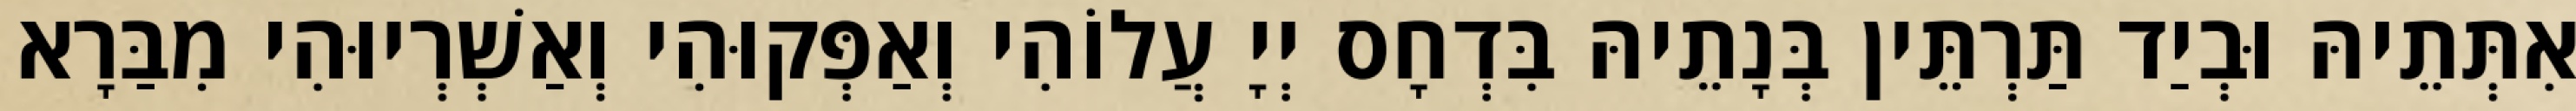
אִתְּתֵיהּ וּבְיַד תַּרְתֵּין בְּנָתֵיהּ בִּדְחָס יְיָ עֲלוֹהִי וְאַפְּקוּהִי וְאַשְׁרְיוּהִי מִבַּרָא